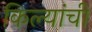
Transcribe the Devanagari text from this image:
किल्यांची